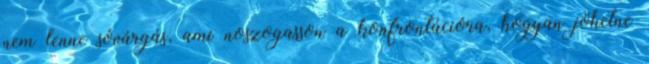
nem lenne sóvárgás, ami noszogasson a konfrontációra, hogyan jöhetne